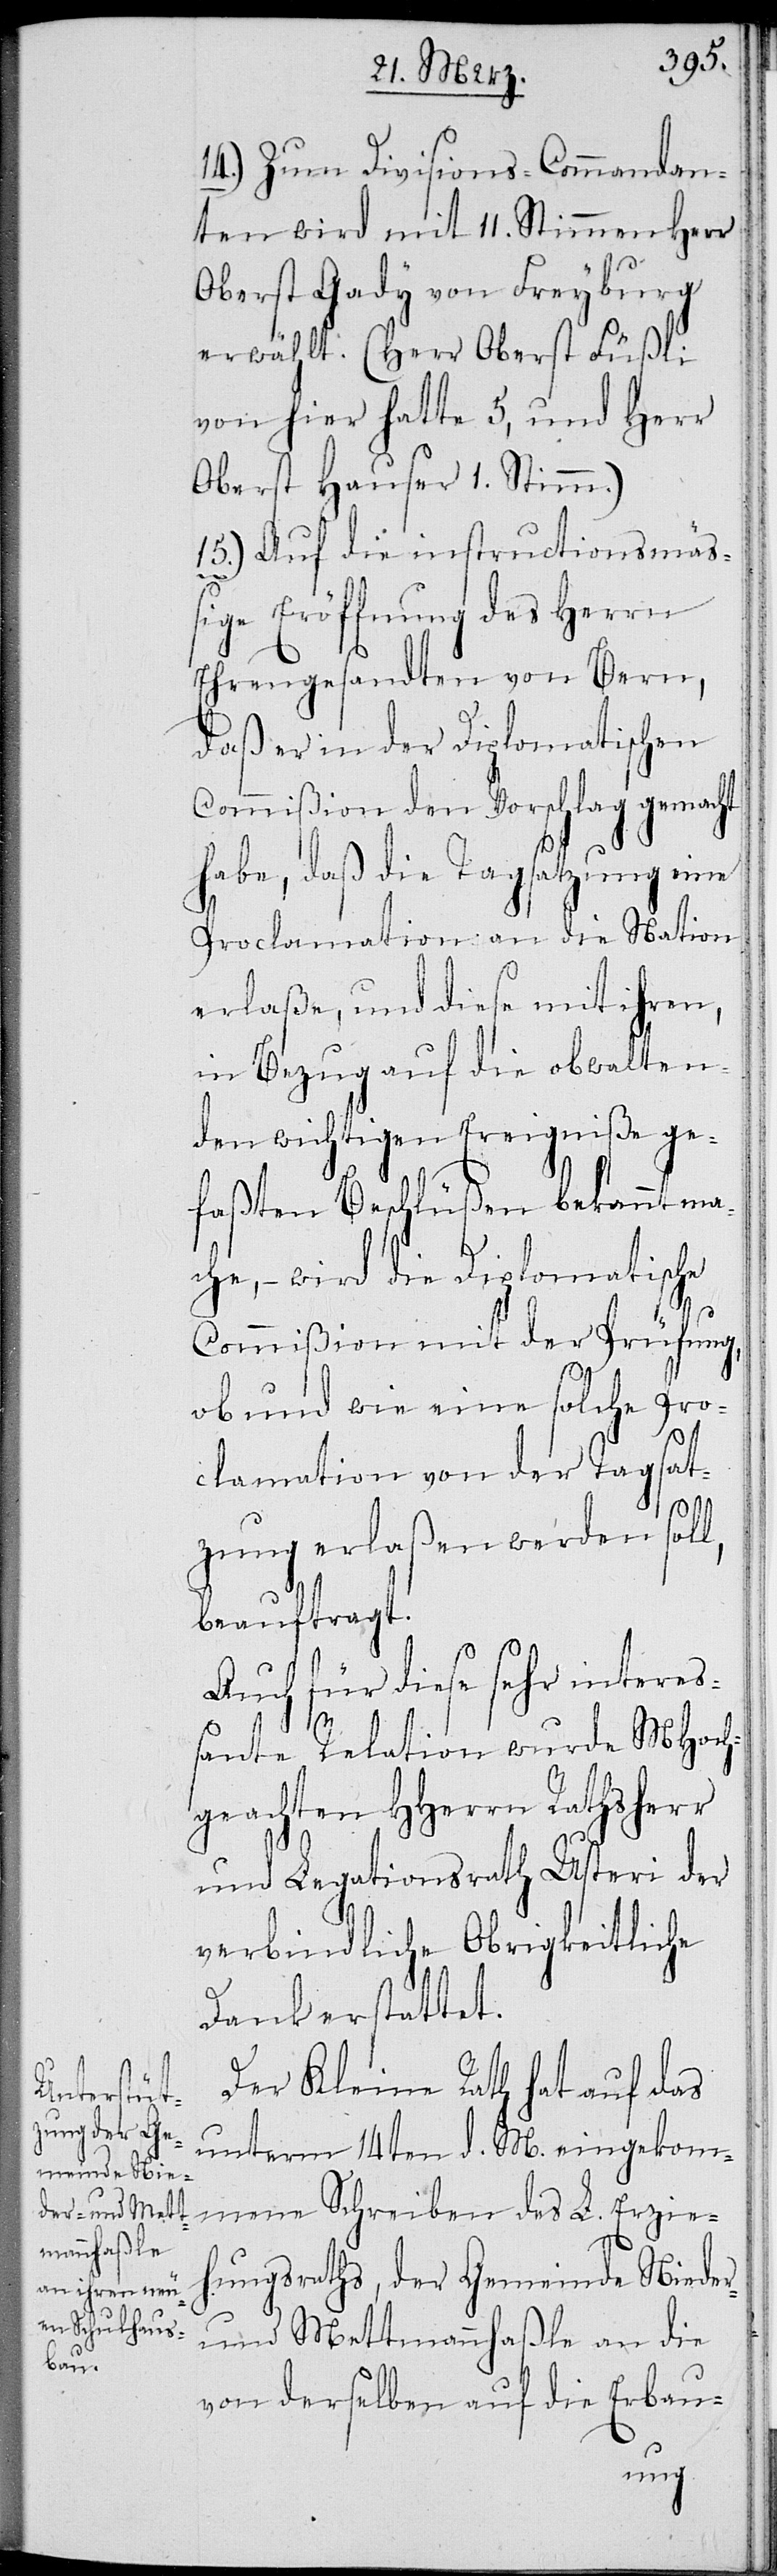
14.) Zum Divisions-Commandan¬
ten wird mit 11. Stimmen Herr
Oberst Gady von Freyburg
erwählt. (Herr Oberst Füßli
von hier hatte 5, und Herr
Oberst Hauser 1. Stimm.)
15.) Auf die instructionsmäß¬
ige Eröffnung des Herrn
Ehrengesandten von Bern,
daß er in der Diplomatischen
Commißion den Vorschlag gemacht
habe, daß die Tagsatzung eine
Proclamation an die Nation
erlaße, und diese mit ihren,
in Bezug auf die obwalten¬
den wichtigen Ereigniße ge¬
faßten Beschlüßen bekannt ma¬
che, – wird die Diplomatische
Commißion mit der Prüfung,
ob und wie eine solche Pro¬
clamation von der Tagsat¬
zung erlaßen werden soll,
beauftragt.
Auch für diese sehr intere¬
ßante Relation wurde MHoch¬
geachten HHerrn Rathsherr
und Legationsrath Usteri der
verbindliche Obrigkeitliche
Dank erstattet.
Der Kleine Rath hat auf das
unterm 14ten d. M. eingekom¬
mene Schreiben des L. Erzie¬
hungsraths, der Gemeinde Niede¬
r-und Mettmannhaßle an die
von derselben auf die Erbau-